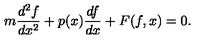
m \frac { d ^ { 2 } f } { d x ^ { 2 } } + p ( x ) \frac { d f } { d x } + F ( f , x ) = 0 .